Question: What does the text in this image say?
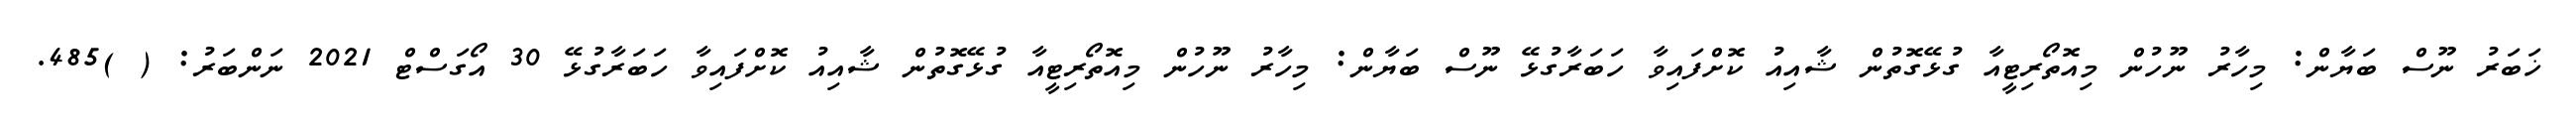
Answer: ޚަބަރު ނޫސް ބަޔާން: މިހާރު ނޫހުން މިއޮތޯރިޓީއާ ގުޅޭގޮތުން ޝާއިއު ކޮށްފައިވާ ހަބަރާގުޅޭ ނޫސް ބަޔާން: މިހާރު ނޫހުން މިއޮތޯރިޓީއާ ގުޅޭގޮތުން ޝާއިއު ކޮށްފައިވާ ހަބަރާގުޅޭ 30 އޯގަސްޓް 2021 ނަންބަރު: ( )485.